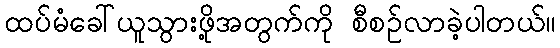
ထပ်မံခေါ်ယူသွားဖို့အတွက်ကို စီစဉ်လာခဲ့ပါတယ်။